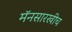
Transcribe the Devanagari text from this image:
मॅनसारखीच